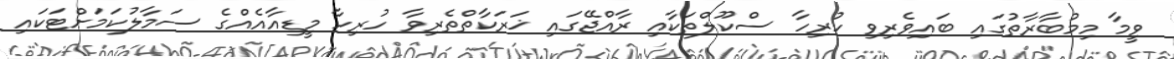
ވީމާ މިމުބާރާތުގައި ބައިވެރިވި ހުރިހާ ސްކޫލްތަކާއި ރާއްޖޭގައި ޚަރަކާތްތެރިވާ ހުރިހާ މީޑިއާއެއްގެ ސަމާލުކަމަށްޓަކައި